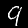
Label: 9